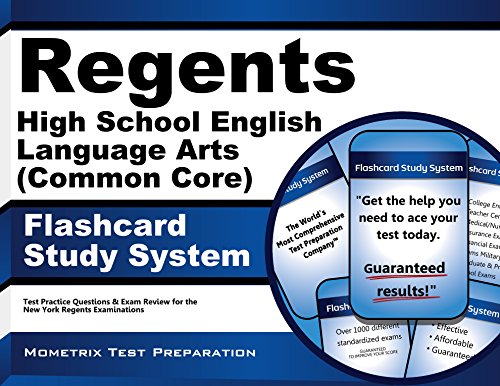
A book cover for Regents High School English Language Arts (Common Core) Exam Flashcard Study System: Regents Test Practice Questions & Review for the New York Regents Examinations; Regents Exam Secrets Test Prep Team; Test Preparation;